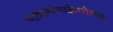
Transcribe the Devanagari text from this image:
पादाभ्यंगान्नेत्ररोगान्